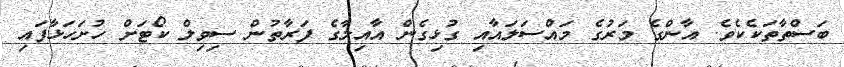
ބަސްތާތަކެކެވެ. އާންގެ މަރުގެ މައްސަލައާއި ގުޅިގެން އާއިލާގެ ފަރާތުން ސިވިލް ކޯޓަށް ހުށަހަޅާފައި